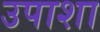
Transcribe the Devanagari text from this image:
उपाशा